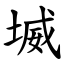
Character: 㙎